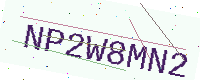
Text: NP2W8MN2